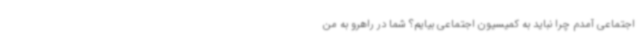
اجتماعی آمدم چرا نباید به کمیسیون اجتماعی بیایم؟ شما در راهرو به من